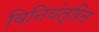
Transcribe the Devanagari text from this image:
विनियंत्रित